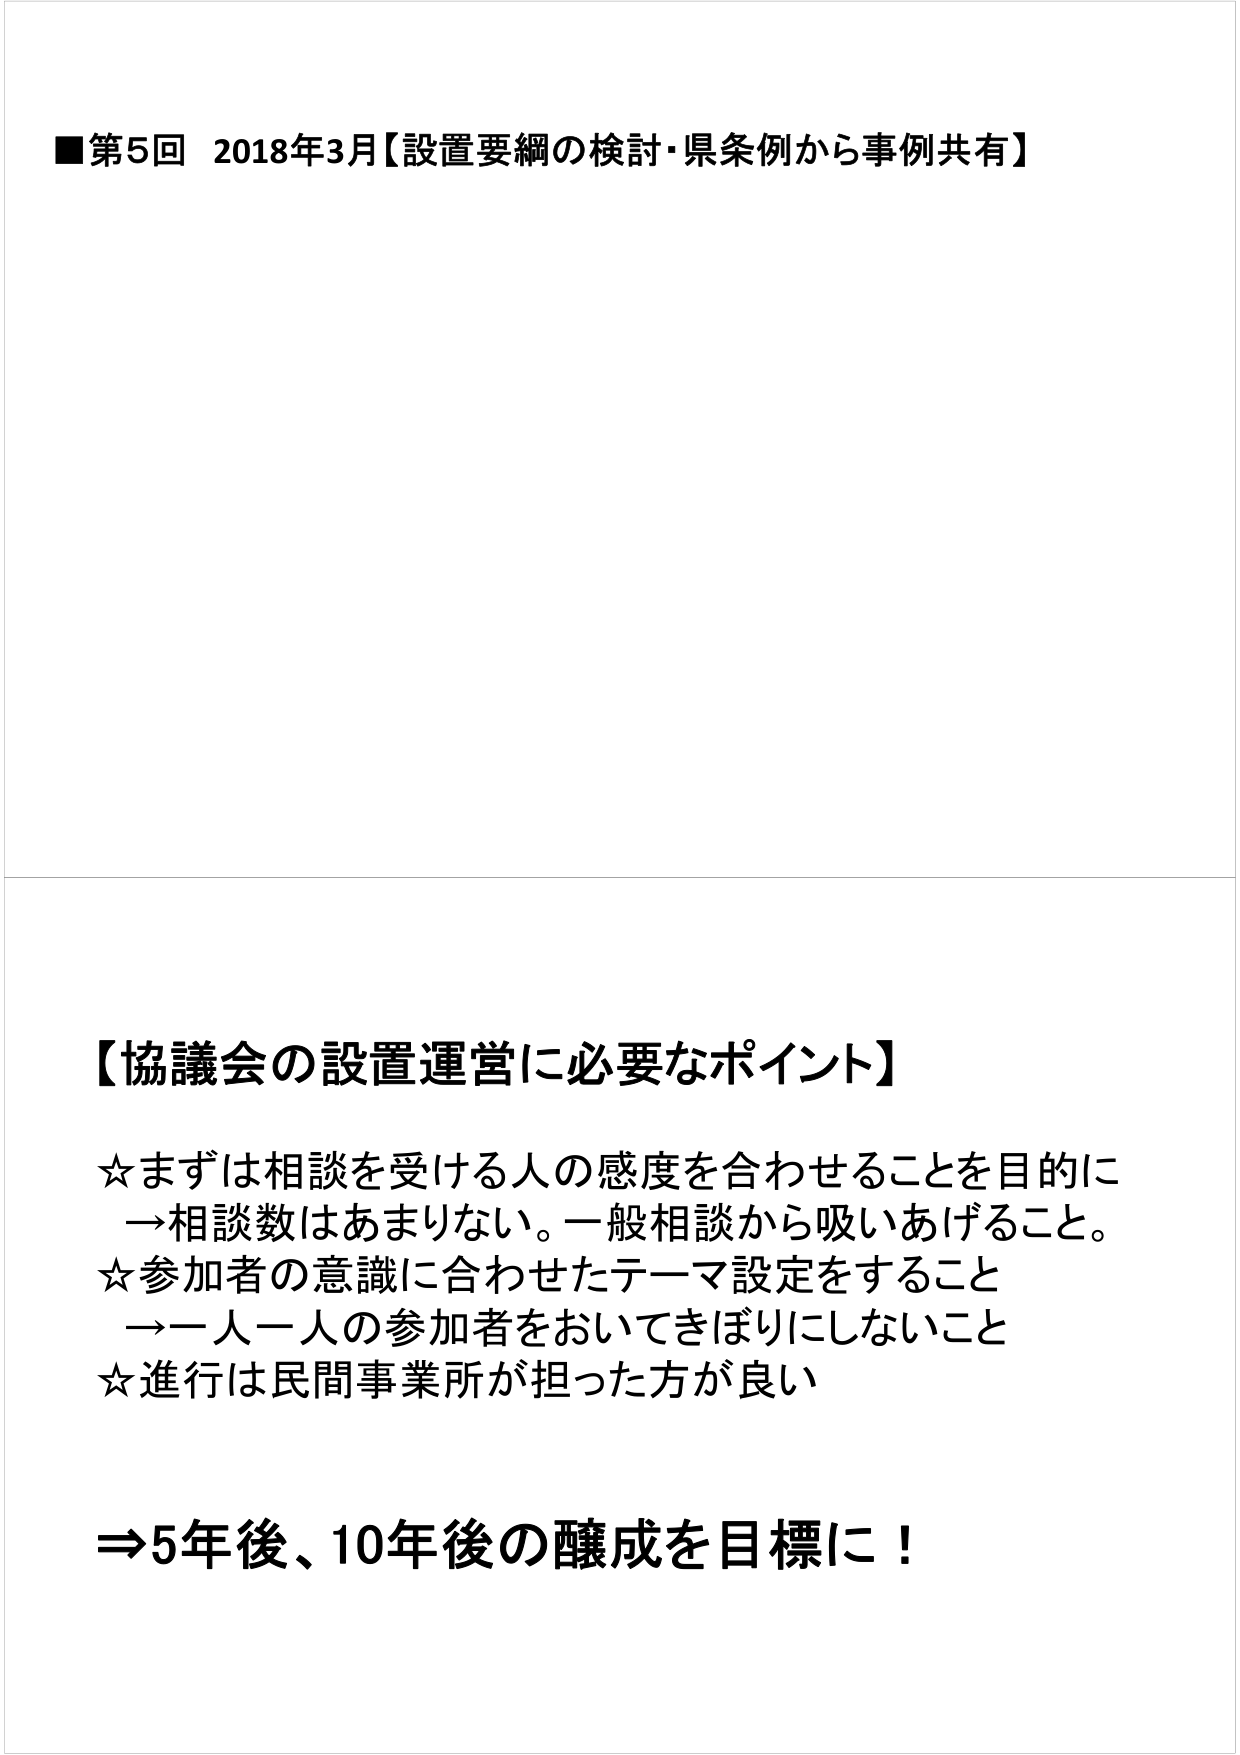
■第5回 2018年3月【設置要綱の検討・県条例から事例共有】

【協議会の設置運営に必要なポイント】

☆まずは相談を受ける人の感度を合わせることを目的に
→相談数はあまりない。一般相談から吸いあげること。
☆参加者の意識に合わせたテーマ設定をすること
→一人一人の参加者をおいてきぼりにしないこと
☆進行は民間事業所が担った方が良い

⇒5年後、10年後の醸成を目標に！